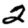
Digit: 2